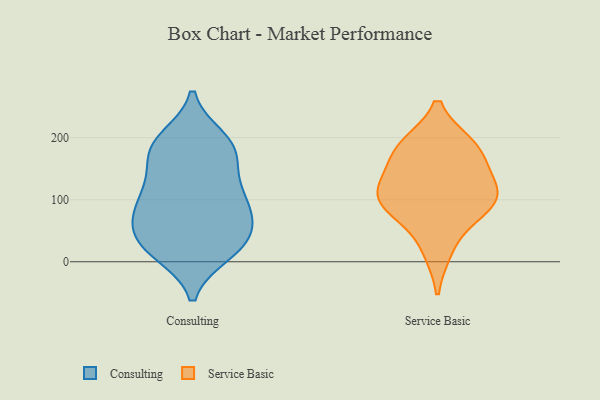
{"axis": {"x": "Headcount", "y": "Value"}, "legend": ["Consulting", "Service Basic"], "data": [{"x": "", "y": 100, "type": "Consulting"}, {"x": "", "y": 183, "type": "Consulting"}, {"x": "", "y": 142, "type": "Consulting"}, {"x": "", "y": 32, "type": "Consulting"}, {"x": "", "y": 106, "type": "Consulting"}, {"x": "", "y": 87, "type": "Consulting"}, {"x": "", "y": 109, "type": "Consulting"}, {"x": "", "y": 199, "type": "Consulting"}, {"x": "", "y": 57, "type": "Consulting"}, {"x": "", "y": 185, "type": "Consulting"}, {"x": "", "y": 14, "type": "Consulting"}, {"x": "", "y": 17, "type": "Consulting"}, {"x": "", "y": 181, "type": "Consulting"}, {"x": "", "y": 51, "type": "Consulting"}, {"x": "", "y": 37, "type": "Consulting"}, {"x": "", "y": 83, "type": "Consulting"}, {"x": "", "y": 13, "type": "Consulting"}, {"x": "", "y": 146, "type": "Consulting"}, {"x": "", "y": 63, "type": "Consulting"}, {"x": "", "y": 193, "type": "Consulting"}, {"x": "", "y": 108, "type": "Service Basic"}, {"x": "", "y": 182, "type": "Service Basic"}, {"x": "", "y": 182, "type": "Service Basic"}, {"x": "", "y": 124, "type": "Service Basic"}, {"x": "", "y": 97, "type": "Service Basic"}, {"x": "", "y": 187, "type": "Service Basic"}, {"x": "", "y": 136, "type": "Service Basic"}, {"x": "", "y": 19, "type": "Service Basic"}, {"x": "", "y": 90, "type": "Service Basic"}, {"x": "", "y": 80, "type": "Service Basic"}]}